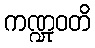
ကဏ္ဍုဝတိ